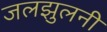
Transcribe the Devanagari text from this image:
जलझुलनी